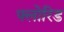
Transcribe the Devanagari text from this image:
फ्लोरिड